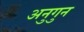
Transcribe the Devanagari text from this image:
अनुगुन